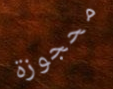
محجوزة